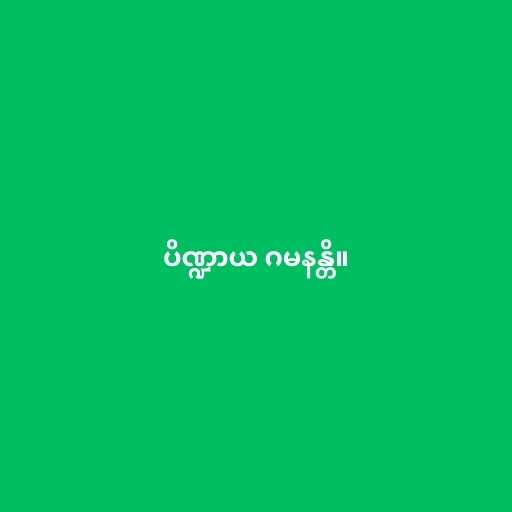
ပိဏ္ဍာယ ဂမနန္တိ။